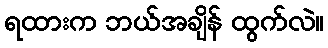
ရထားက ဘယ်အချိန် ထွက်လဲ။